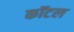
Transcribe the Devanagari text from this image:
कॉटल